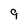
Character: 9